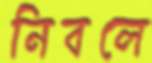
নিবলে